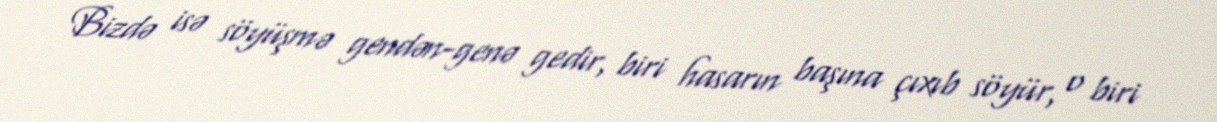
Bizdə isə söyüşmə gendən-genə gedir, biri hasarın başına çıxıb söyür, o biri